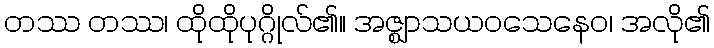
တဿ တဿ၊ ထိုထိုပုဂ္ဂိုလ်၏။ အဇ္ဈာသယဝသေနေဝ၊ အလို၏